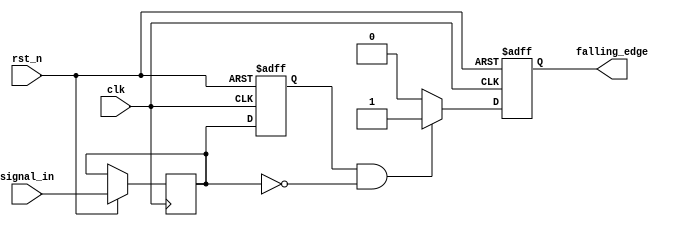
module falling_edge_detector (
    input wire clk,               // Clock input
    input wire rst_n,            // Asynchronous reset (active low)
    input wire signal_in,         // Input signal to detect falling edge
    output reg falling_edge       // Output indicating falling edge detection
);

    // Internal signals
    reg prev_state;               // Holds the previous state of the input signal
    reg curr_state;               // Holds the current state of the input signal

    // Always block for detecting falling edge
    always @(posedge clk or negedge rst_n) begin
        if (!rst_n) begin
            // Asynchronous reset
            prev_state <= 1'b0;    // Reset previous state
            falling_edge <= 1'b0;  // Reset falling edge output
        end else begin
            // Sample the current state
            curr_state <= signal_in;

            // Falling edge detection logic
            if (prev_state == 1'b1 && curr_state == 1'b0) begin
                falling_edge <= 1'b1; // Falling edge detected
            end else begin
                falling_edge <= 1'b0; // No falling edge detected
            end

            // Update previous state for the next cycle
            prev_state <= curr_state;
        end
    end

endmodule